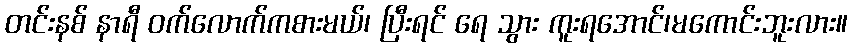
တင်းနစ် နာရီ ဝက်လောက်ကစားမယ်၊ ပြီးရင် ရေ သွား ကူးရအောင်၊မကောင်းဘူးလား။